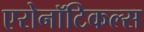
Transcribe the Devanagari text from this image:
एरोनॉटिकल्स